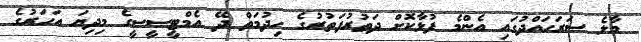
މާލެ ސަރަހައްދުގައި އެންމެ ފުޅާކޮށް ދަތުރުފަތުރުގެ ހިދުމަތް ދޭ އެމްޓީސީސީގެ މިދިޔަ އަހަރުގެ